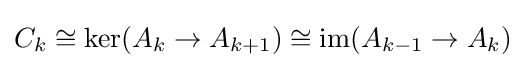
C_{k}\cong \ker(A_{k}\to A_{k+1})\cong \operatorname {im} (A_{k-1}\to A_{k})